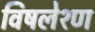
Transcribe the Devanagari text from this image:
विषलेश्ण